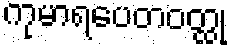
ကုမာရပေတဝတ္ထု